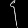
Digit: ၄